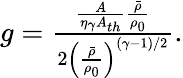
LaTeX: \begin{array}{r}{g=\frac{\frac{A}{\eta_{\gamma}A_{th}}\frac{\bar{\rho}}{\rho_{0}}}{2\left(\frac{\bar{\rho}}{\rho_{0}}\right)^{(\gamma-1)/2}}.}\end{array}